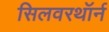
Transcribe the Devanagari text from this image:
सिलवरथॉर्न